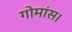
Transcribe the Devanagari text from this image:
गोमांस।